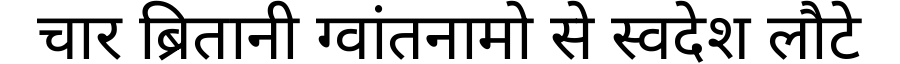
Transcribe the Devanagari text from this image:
चार ब्रितानी ग्वांतनामो से स्वदेश लौटे